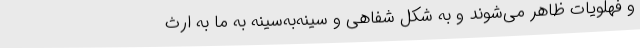
و فهلویات ظاهر می‌شوند و به شکل شفاهی و سینه‌به‌سینه به ما به ارث